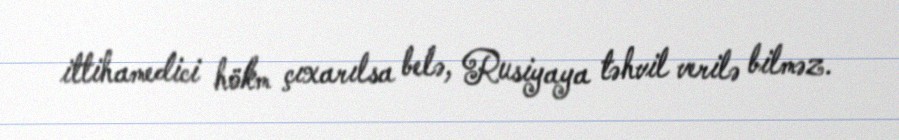
ittihamedici hökm çıxarılsa belə, Rusiyaya təhvil verilə bilməz.